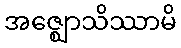
အဇ္ဈောသိဿာမိ